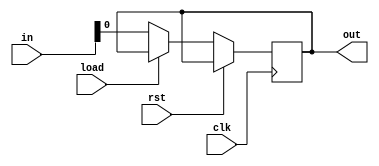
//////////////////////////////////////////////////////////////////////////////////
// Company: 
// Engineer: 
// 
// Design Name: 
// Module Name: RIGHT_SHIFT_REGISTER_PARALLEL
// Project Name: 
// Target Devices: 
// Tool Versions: 
// Description: 
// 
// Dependencies: 
// 
// Revision:
// Revision 0.01 - File Created
// Additional Comments:
// 
//////////////////////////////////////////////////////////////////////////////////


module right_shift_register_parallel #(parameter WL = 4)
                            (input clk,rst,load,
                            input [WL - 1:0] in,
                            output reg out);
    
    reg [WL - 1:0] tmp;

    always @(posedge clk) begin
        if(rst) tmp <= 0;
        else
            if(load) tmp <= in;
            else begin
                tmp <= {tmp,in[WL-1:1]};
                out <= in[0];  
            end
    end
endmodule